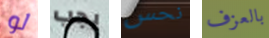
لو يجب نحس بالعزف